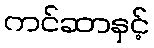
ကင်ဆာနှင့်